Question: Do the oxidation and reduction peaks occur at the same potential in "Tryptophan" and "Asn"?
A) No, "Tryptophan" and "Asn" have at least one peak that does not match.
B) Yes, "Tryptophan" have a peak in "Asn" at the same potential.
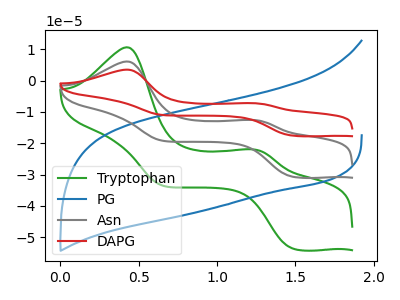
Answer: <think>The green curve "Tryptophan" has anodic peaks at (0.40V, 10.65uA) (1.25V, -22.00uA) and cathodic peaks at (1.50V, -53.60uA) (0.65V, -33.50uA). The blue curve "PG" has no peaks. The gray curve "Asn" has anodic peaks at (0.40V, 6.10uA) (1.25V, -12.60uA) and cathodic peaks at (1.50V, -30.70uA) (0.65V, -19.20uA). The red curve "DAPG" has anodic peaks at (0.40V, 12.20uA) (1.25V, -25.15uA) and cathodic peaks at (1.50V, -61.40uA) (0.65V, -38.35uA).</think>
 <answer>B) Yes, "Tryptophan" have a peak in "Asn" at the same potential.</answer>
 <eval>B</eval>